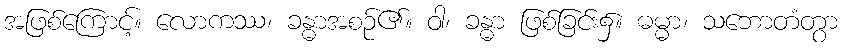
အဖြစ်ကြောင့်။ လောကဿ၊ ခန္ဓာအစဉ်၏။ ဝါ၊ ခန္ဓာ ဖြစ်ခြင်း၌။ ဓမ္မာ၊ သဘောတံတွာ